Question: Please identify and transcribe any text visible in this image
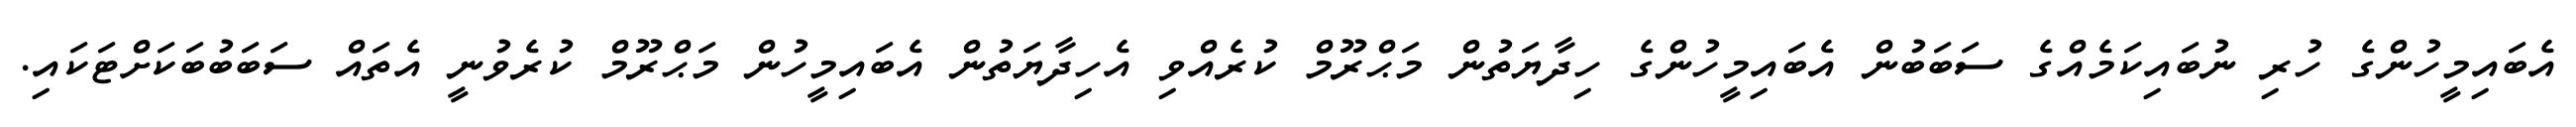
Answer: އެބައިމީހުންގެ ހުރި ނުބައިކަމެއްގެ ސަބަބުން އެބައިމީހުންގެ ހިދާޔަތުން މަޙްރޫމް ކުރެއްވި އެހިދާޔަތުން އެބައިމީހުން މަޙްރޫމް ކުރެވުނީ އެތައް ސަބަބުބަކަށްޓަކައި.